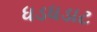
ધડધડાટ